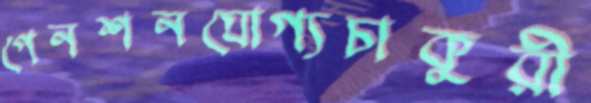
পেনশনযোগ্যচাকুরী